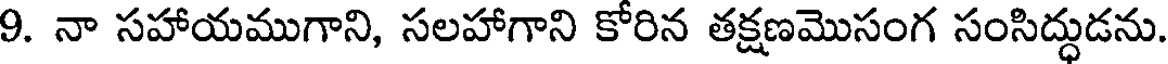
9. నా సహాయముగాని, సలహాగాని కోరిన తక్షణమొసంగ సంసిద్ధుడను.